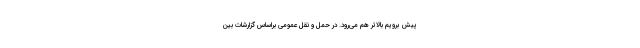
پیش برویم بالاتر هم می‌رود. در حمل و نقل عمومی براساس گزارشات بین